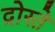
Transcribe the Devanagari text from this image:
द्रोस्ते